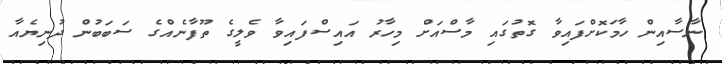
ނާސާއިން ހާމަކޮށްފައިވާ ގޮތުގައި މާސްއަށް މިހާރު އައިސްފައިވާ ވެލީގެ ތޫފާނެއްގެ ސަބަބުން ދުނިޔެއާ